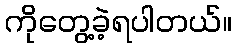
ကိုတွေ့ခဲ့ရပါတယ်။